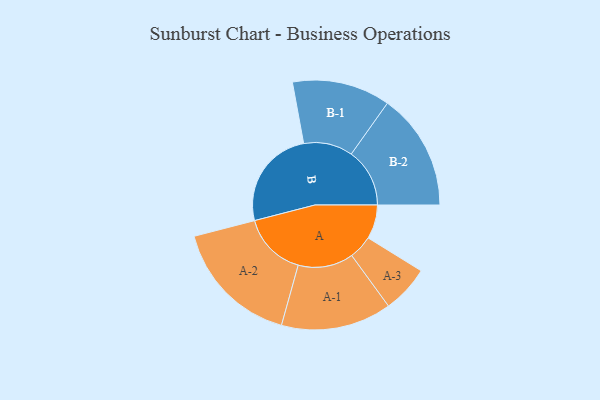
{"axis": {"x": "Segment", "y": "Value"}, "legend": ["", "A", "B"], "data": [{"x": "A", "y": 149, "type": ""}, {"x": "B", "y": 441, "type": ""}, {"x": "A-1", "y": 242, "type": "A"}, {"x": "A-2", "y": 281, "type": "A"}, {"x": "A-3", "y": 104, "type": "A"}, {"x": "B-1", "y": 215, "type": "B"}, {"x": "B-2", "y": 256, "type": "B"}]}